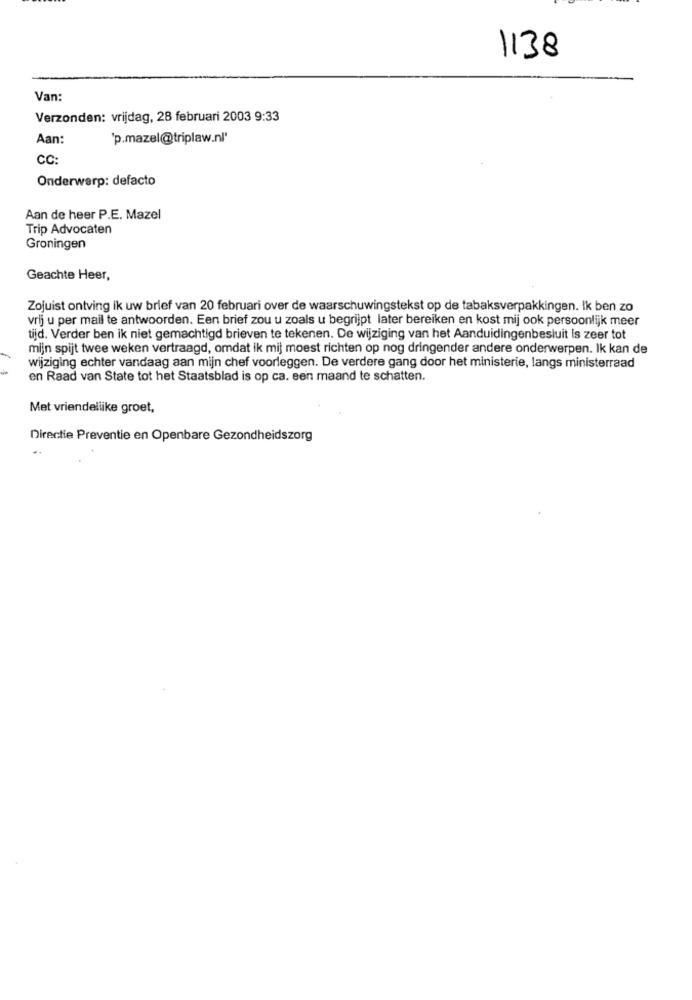
1138
Van:
Verzonden: vrijdag, 28 februari 2003 9:33
Aan:
'p.mazel@triplaw.nl'
CC:
Onderwerp: defacto
Aan de heer P.E. Mazel
Trip Advocaten
Groningen
Geachte Heer,
Zojuist ontving ik uw brief van 20 februari over de waarschuwingstekst op de tabaksverpakkingen. Ik ben zo
vrij u per mail te antwoorden. Een brief zou u zoals u begrijpt later bereiken en kost mij ook persoonlijk meer
tijd. Verder ben ik niet gemachtigd brieven te tekenen. De wijziging van het Aanduidingenbesluit is zeer tot
mijn spijt twee weken vertraagd, omdat ik mij moest richten op nog dringender andere onderwerpen. Ik kan de
wijziging echter vandaag aan mijn chef voorleggen. De verdere gang door het ministerie, langs ministerraad
en Raad van State tot het Staatsblad is op ca. sen maand te schatten.
Met vriendellike groet,
Directie Preventie en Openbare Gezondheidszorg